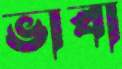
ভাবা